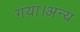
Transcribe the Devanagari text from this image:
गया।अन्य